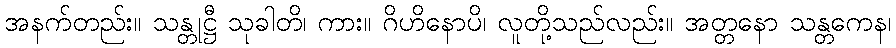
အနက်တည်း။ သန္တုဋ္ဌီ သုခါတိ၊ ကား။ ဂိဟိနောပိ၊ လူတို့သည်လည်း။ အတ္တနော သန္တကေန၊